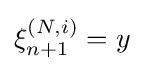
\xi _{n+1}^{(N,i)}=y